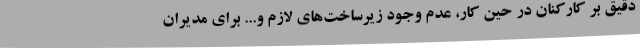
دقیق بر کارکنان در حین کار، عدم وجود زیرساخت‌های لازم و... برای مدیران